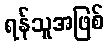
ရန်သူအဖြစ်